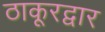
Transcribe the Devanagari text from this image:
ठाकूरद्वार